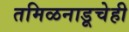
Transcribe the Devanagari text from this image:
तमिळनाडूचेही